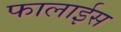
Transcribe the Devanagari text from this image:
फालाईस